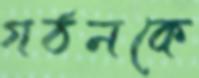
গঠনকে